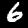
Label: 6